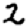
Digit: 2